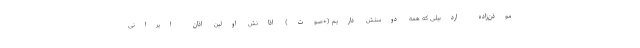
موذن‌زاده اردبیلی که همه دوستش داریم (+صوت) اذانش اولین اذان ایرانی